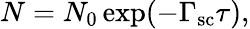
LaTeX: N=N_{0}\exp(-\Gamma_{\mathrm{sc}}\tau),